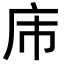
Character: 𪪌